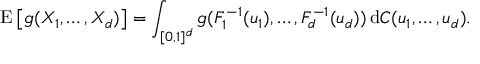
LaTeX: \operatorname { E } \left[ g ( X _ { 1 } , \dots , X _ { d } ) \right] = \int _ { [ 0 , 1 ] ^ { d } } g ( F _ { 1 } ^ { - 1 } ( u _ { 1 } ) , \dots , F _ { d } ^ { - 1 } ( u _ { d } ) ) \, \mathrm { d } C ( u _ { 1 } , \dots , u _ { d } ) .